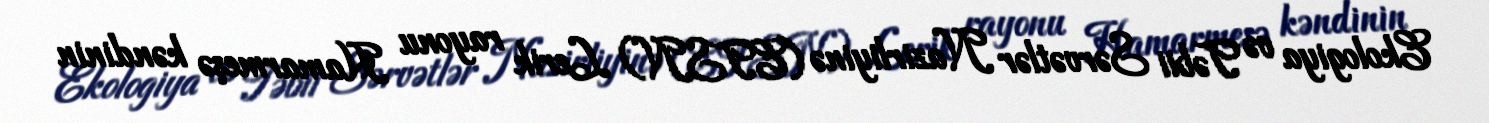
Ekologiya və Təbii Sərvətlər Nazirliyinə (ETSN) Lerik rayonu Hamarmeşə kəndinin